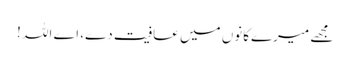
مجھے میرےکانوں میں عافیت دے، اے اللہ !